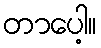
တာပေါ့။